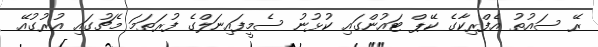
ރޭ ސައުތު އެފްރިކާގެ ކޭޕް ޓައުންގައި ކުޅުނު ސެމީފައިނަލްގެ ފުރަތަމަ މެޗުގައި އުރުގުއޭ